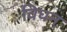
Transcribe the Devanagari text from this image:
विघन